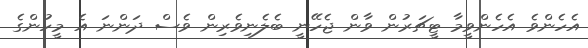
އެހެންވެ އެހެންވީމާ ޓީޗަރުން ވާން ޖެހޭނީ ބެލެނިވެރިން ވެސް ދަންނަ އެ މީހުންގެ